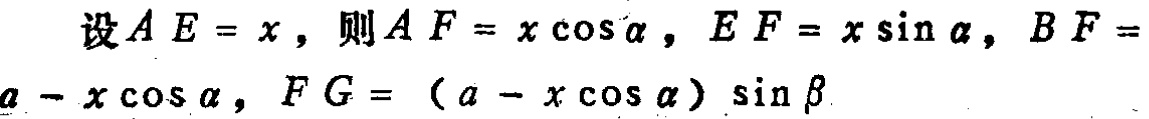
设\(AE = x\)，则\(AF = x\cos\alpha\)，\(EF = x\sin\alpha\)，\(BF = a - x\cos\alpha\)，\(FG = (a - x\cos\alpha)\sin\beta\)